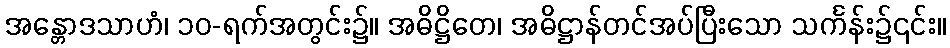
အန္တောဒသာဟံ၊ ၁၀-ရက်အတွင်း၌။ အဓိဋ္ဌိတေ၊ အဓိဋ္ဌာန်တင်အပ်ပြီးသော သင်္ကန်း၌၎င်း။